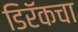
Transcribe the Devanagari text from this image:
डिरॅकचा